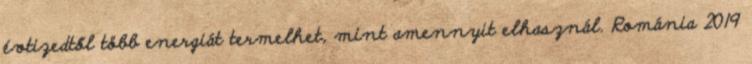
évtizedtől több energiát termelhet, mint amennyit elhasznál. Románia 2019